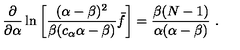
\frac { \partial } { \partial \alpha } \ln \left[ \frac { ( \alpha - \beta ) ^ { 2 } } { \beta ( c _ { \alpha } \alpha - \beta ) } \bar { f } \right] = \frac { \beta ( N - 1 ) } { \alpha ( \alpha - \beta ) } \ .